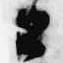
公